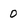
Character: 0